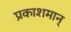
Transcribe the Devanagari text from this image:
प्रकाशमान्